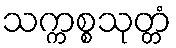
သက္ကစ္စသုတ္တံ